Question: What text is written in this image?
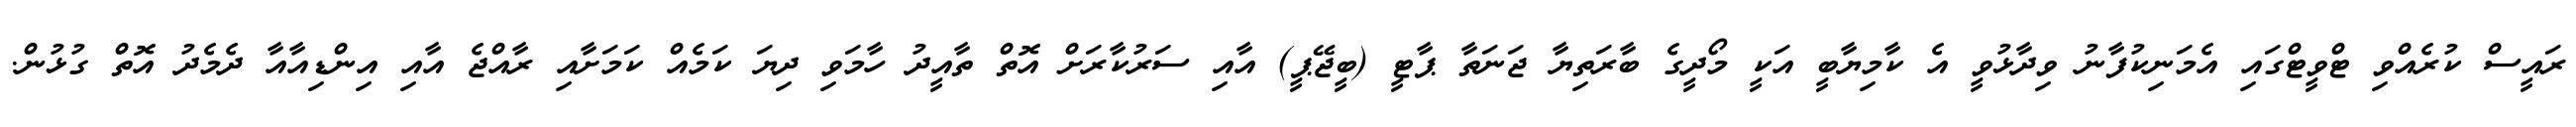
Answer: ރައީސް ކުރެއްވި ޓްވީޓްގައި އެމަނިކުފާނު ވިދާޅުވީ އެ ކާމިޔާބީ އަކީ މޯދީގެ ބާރަތިޔާ ޖަނަތާ ޕާޓީ (ބީޖޭޕީ) އާއި ސަރުކާރަށް އޮތް ތާއީދު ހާމަވި ދިޔަ ކަމެއް ކަމަށާއި ރާއްޖެ އާއި އިންޑިއާއާ ދެމެދު އޮތް ގުޅުން.